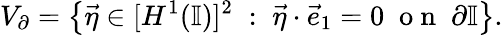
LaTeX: V_{\partial}=\left\{ \vec{\eta}\in[H^{1}(\mathbb{I})]^{2}\; :\; \vec{\eta}\cdot\vec{e}_{1}=0\; \mathrm{~o~n~}\; \partial\mathbb{I}\right\} .